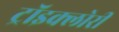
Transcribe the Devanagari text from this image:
ट्रॉइक्लोरी